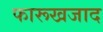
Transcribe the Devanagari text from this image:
फारूखजाद